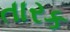
તારક